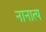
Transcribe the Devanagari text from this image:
नानात्य